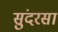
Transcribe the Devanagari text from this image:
सुंदरसा